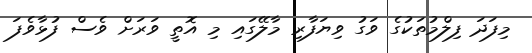
މިފަދަ ފިލްމުތަކުގެ ވަގު ވިޔަފާރި މާލޭގައި މި އޮތީ ވަރަށް ވެސް ފުޅާވެފަ